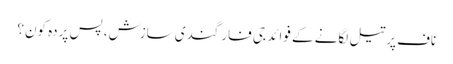
ناف پرتیل لگانے کے فوائد	جی فار گندی سازش، پس پردہ کون؟